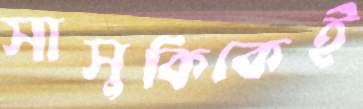
সাসুকিকেই